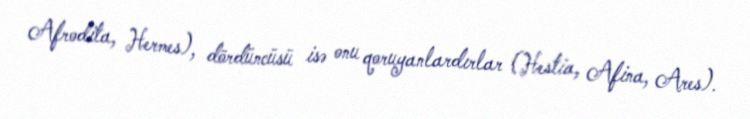
Afrodita, Hermes), dördüncüsü isə onu qoruyanlardırlar (Hestia, Afina, Ares).